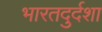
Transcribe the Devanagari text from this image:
भारतदुर्दशा